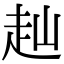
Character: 赸